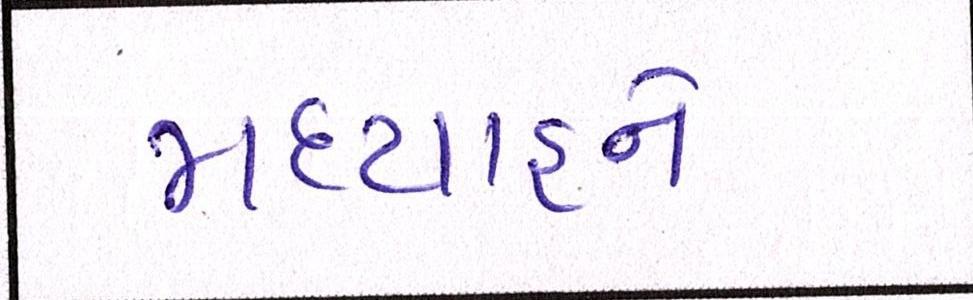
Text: મધ્યાહ્ને